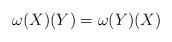
LaTeX: \begin{align*} \omega(X)(Y)=\omega(Y)(X)\end{align*}